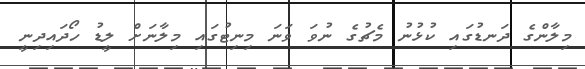
މިލާންގެ ދަނޑުގައި ކުޅުނު މެޗުގެ ނުވަ ވަނަ މިނިޓުގައި މިލާނަށް ލީޑު ހޯދައިދިނީ